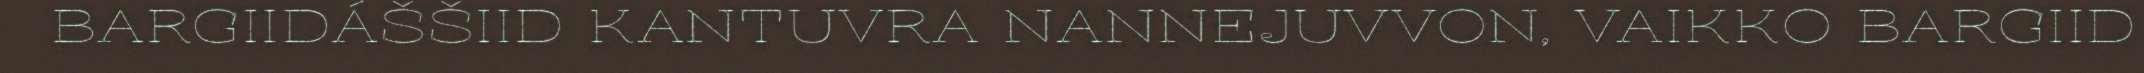
BARGIIDÁŠŠIID KANTUVRA NANNEJUVVON, VAIKKO BARGIID